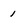
Character: 1